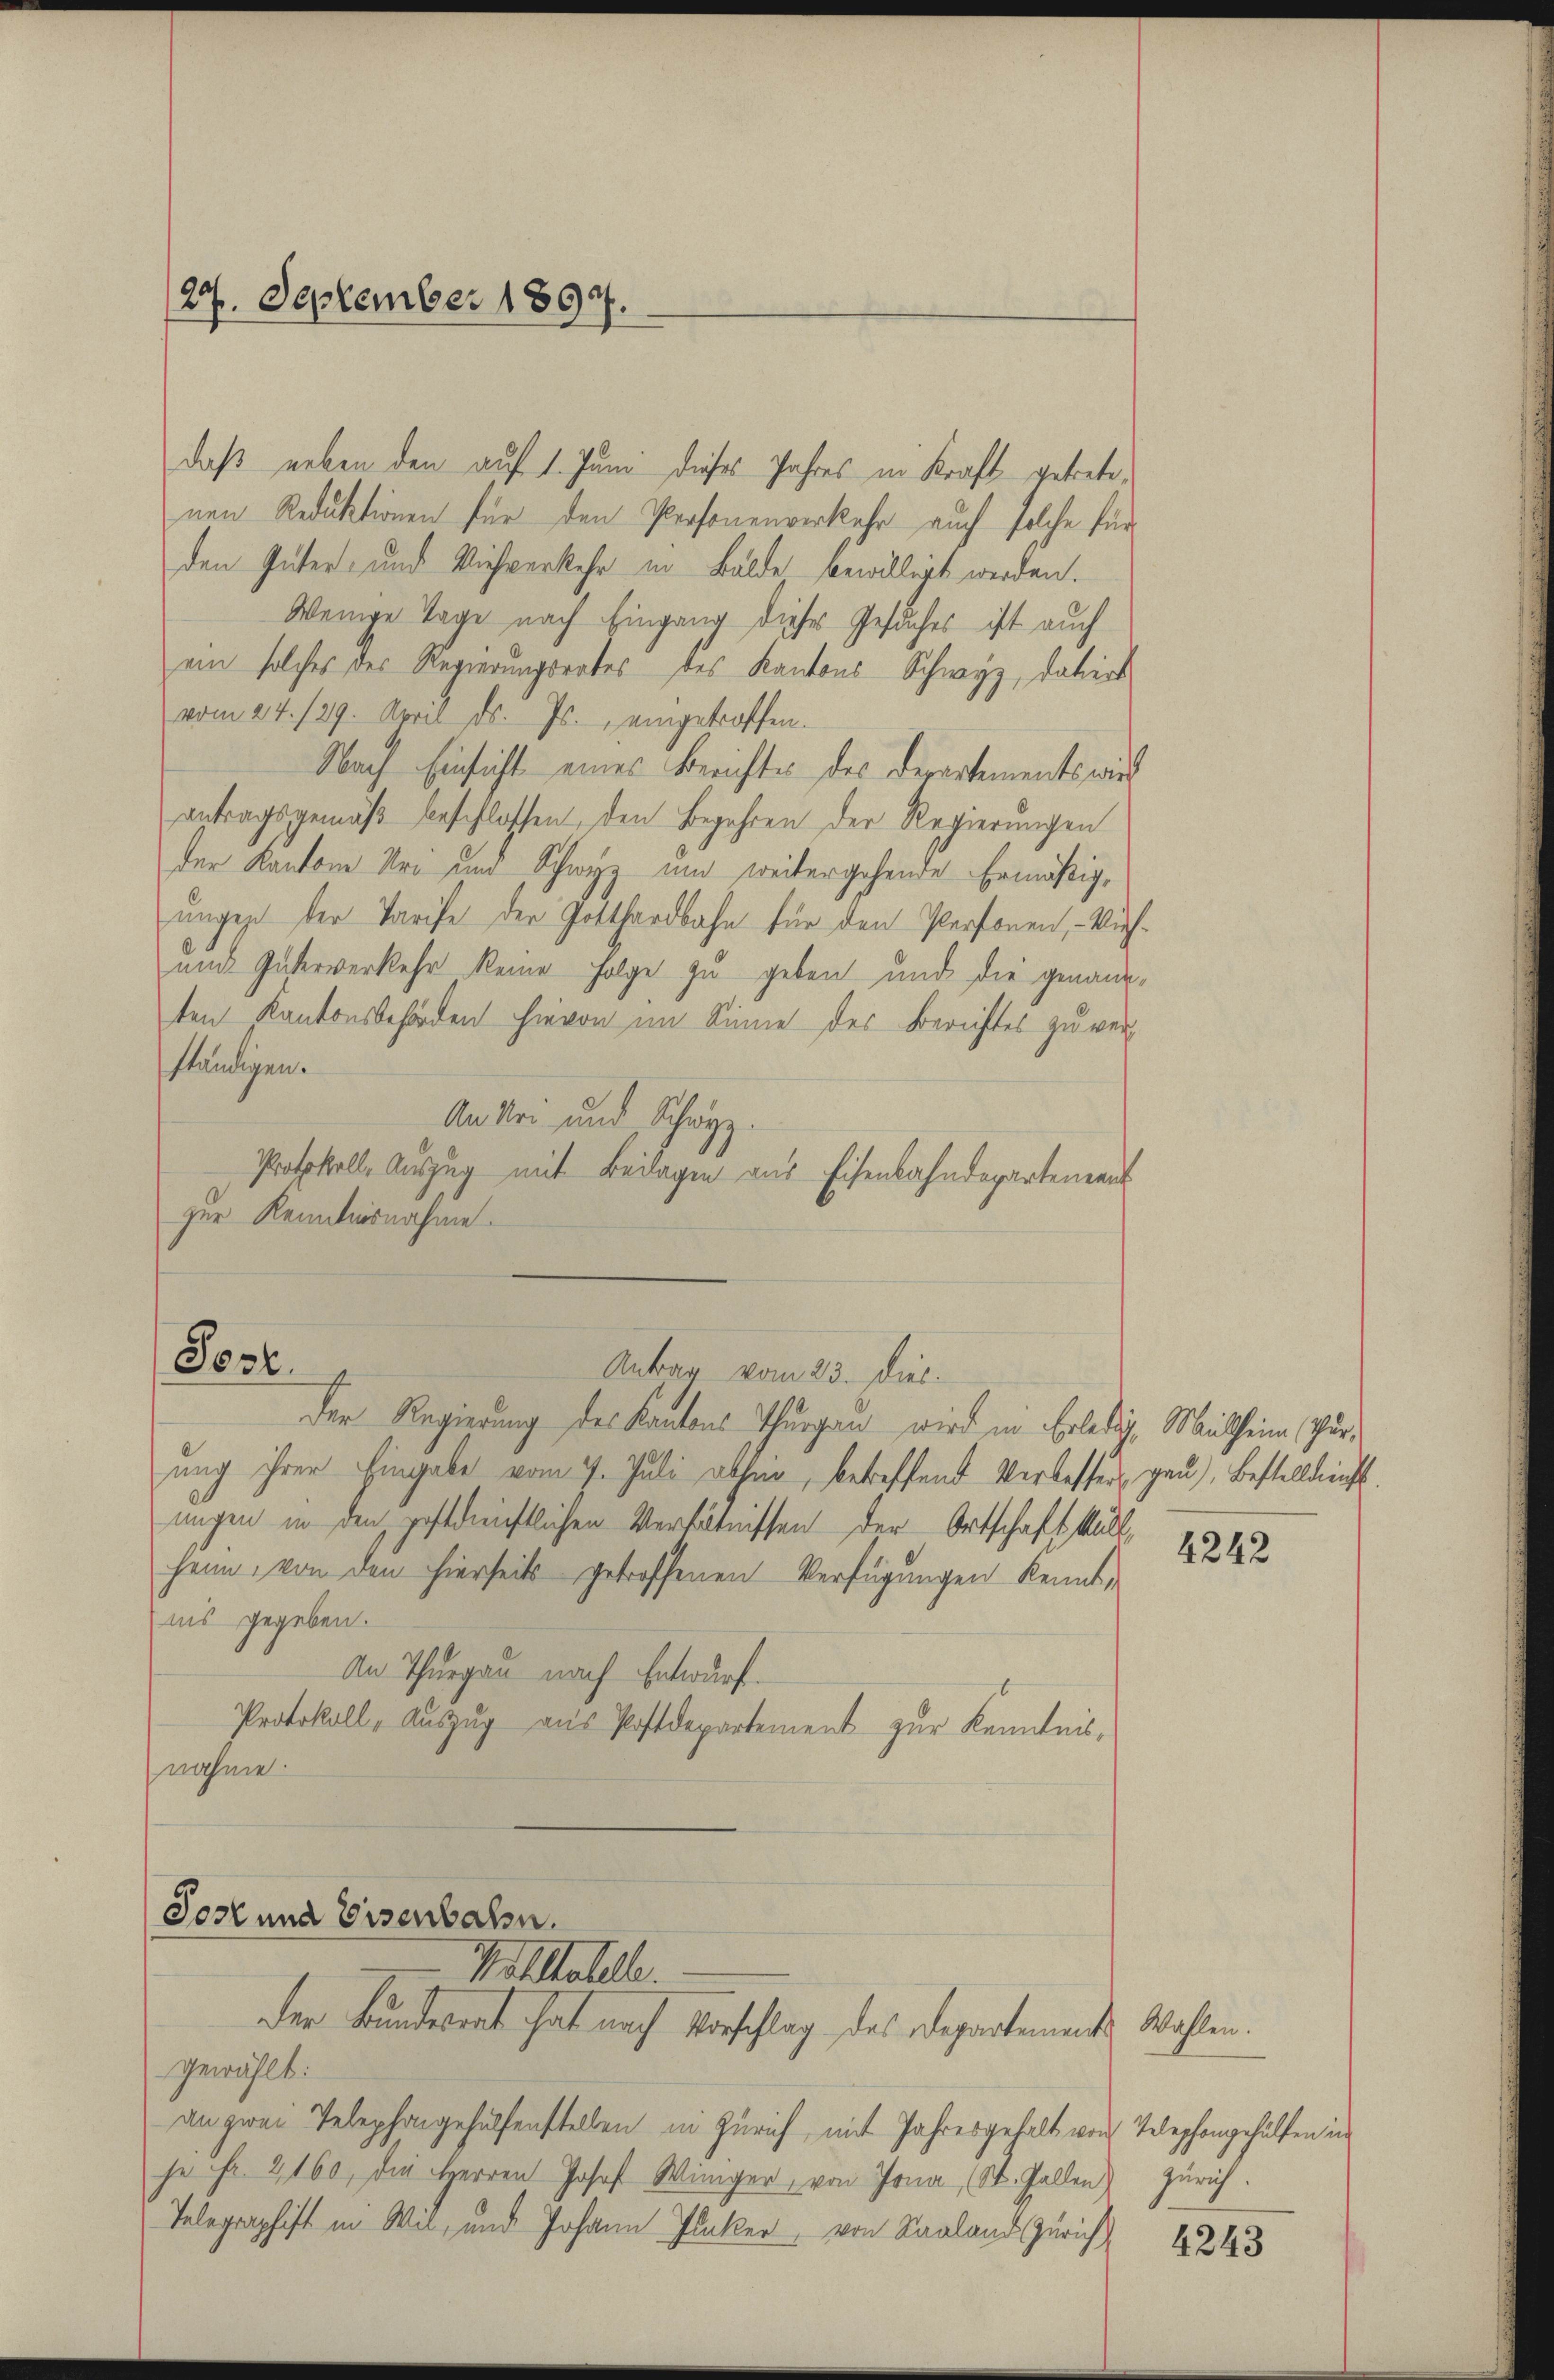
27. September 1894.

daß neben den auf 1. Juni dieses Jahres in Kraft getretenen Reduktionen für den Personenverkehr auch solche für
den Güter- und Viehverkehr in Bälde bewilligt werden.
Wenige Tage nach Eingang dieses Gesuches ist auch
ein solches des Regierungsrates des Kantons Schwyz, datirt
vom 24. 129. April d. Js. eingetroffen.
Nach Einsicht eines Berichtes des Departements wied
antragsgemäß beschlossen, den Begehren der Regierungen
der Kantone Uri und Schwyz und weitergehende Ermäßigungen der Tarife der Gotthardbahn für den Personen, – Ver¬
und Güterverkehr keine Folge zu geben und die genann-
ten Kantonsbehörden hievon im Sinne des Berichtes zu verständigen.
An Uri und Schwyz.
Protokoll, Auszug mit Beilagen aus Eisenbahndepartement
zur Kenntnisnahme.
Sozl.
Antrag vom 23. Dieb.
Der Regierung des Kantons Thurgau wird in Erledig, Müllheim Verung ihrer Eingabe vom 7. Juli abhin, betreffend Verbessers gau, Bestellungs-
ungen in den gestrichtlichen Verhältnissen der Ortschaft kalt,
heim, von den hierseits getroffenen Verfügungen kennt,
iis gegeben.
An Thurgau nach Entwurf.
Protokoll, Aŭszŭg aŭs Postdepartement zur Kenntnis-
nahme.

Jost und Eisenbahn.
Val Hotelle.
Der Bunderent hat nach Vorschlag des Departemente Wahlen.

gewählt:
an zwei Telephongehülfenstellen in Zürich, mit Jahresgehalt von Telephongehülfen in
je Fr. 2, 160, die Herren Josef Winiger, von Jona, St. Gallen) Zürich.
Telegraphist in Wil, und Johann Plaker, von Saaland Zürich

4242

4243